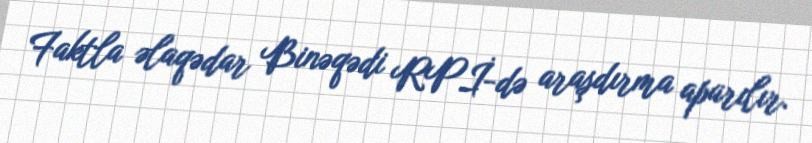
Faktla əlaqədar Binəqədi RPİ-də araşdırma aparılır.